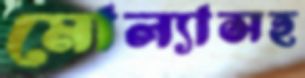
মোল্যাসহ